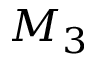
M _ { 3 }